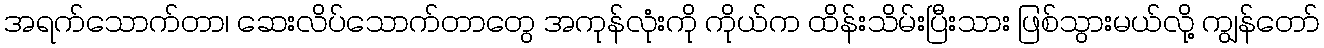
အရက်သောက်တာ၊ ဆေးလိပ်သောက်တာတွေ အကုန်လုံးကို ကိုယ်က ထိန်းသိမ်းပြီးသား ဖြစ်သွားမယ်လို့ ကျွန်တော်